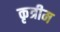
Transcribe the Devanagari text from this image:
कृत्रीम